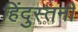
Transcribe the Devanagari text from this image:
हिंदुस्तनी